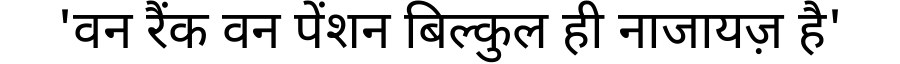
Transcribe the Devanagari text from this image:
'वन रैंक वन पेंशन बिल्कुल ही नाजायज़ है'